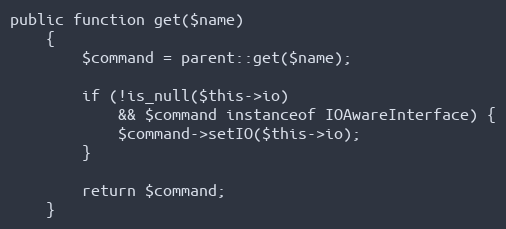
Language: PHP
public function get($name)
    {
        $command = parent::get($name);

        if (!is_null($this->io)
            && $command instanceof IOAwareInterface) {
            $command->setIO($this->io);
        }

        return $command;
    }